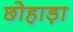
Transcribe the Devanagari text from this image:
छोहाड़ा